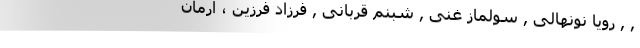
, , رویا نونهالی , سولماز غنی , شبنم قربانی , فرزاد فرزین ، آرمان